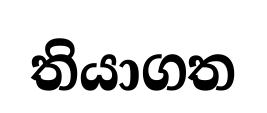
තියාගත